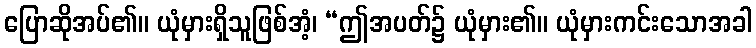
ပြောဆိုအပ်၏။ ယုံမှားရှိသူဖြစ်အံ့၊ “ဤအပတ်၌ ယုံမှား၏။ ယုံမှားကင်းသောအခါ